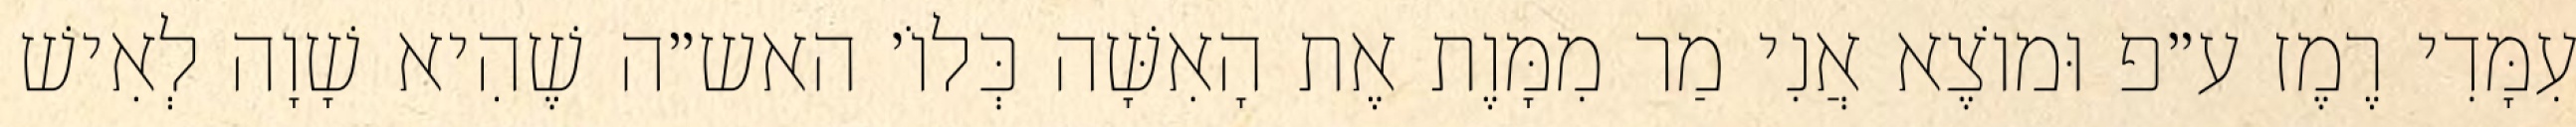
עִמָּדִי רֶמֶז ע״פ וּמוֹצֶא אֲנִי מַר מִמָּוֶת אֶת הָאִשָּׁה כְּלוֹ׳ האש״ה שֶׁהִיא שָׁוָה לְאִישׁ